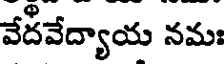
వేదవేద్యాయ నమః